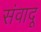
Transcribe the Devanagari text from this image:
संवादू